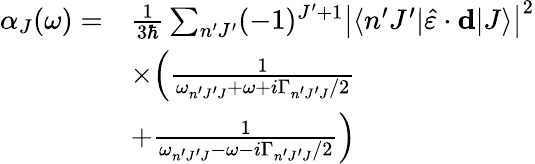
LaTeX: \begin{array}{rl}{\alpha_{J}(\omega)=}&{\frac{1}{3\hbar}\sum_{n^{\prime}J^{\prime}}(-1)^{J^{\prime}+1}\left|\langle n^{\prime}J^{\prime}|\hat{\varepsilon}\cdot\mathbf{d}|J\rangle\right|^{2}}\\ &{\times\Big(\frac{1}{\omega_{n^{\prime}J^{\prime}J}+\omega+i\Gamma_{n^{\prime}J^{\prime}J}/2}}\\ &{+\frac{1}{\omega_{n^{\prime}J^{\prime}J}-\omega-i\Gamma_{n^{\prime}J^{\prime}J}/2}\Big)}\end{array}